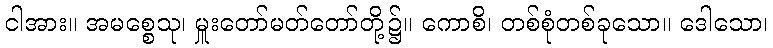
ငါအား။ အမစ္စေသု၊ မှူးတော်မတ်တော်တို့၌။ ကောစိ၊ တစ်စုံတစ်ခုသော။ ဒေါသော၊